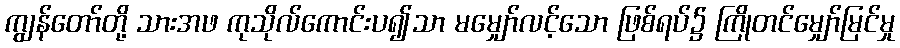
ကျွန်တော်တို့ သားအဖ ကုသိုလ်ကောင်းပ၍သာ မမျှော်လင့်သော ဖြစ်ရပ်၌ ကြိုတင်မျှော်မြင်မှု